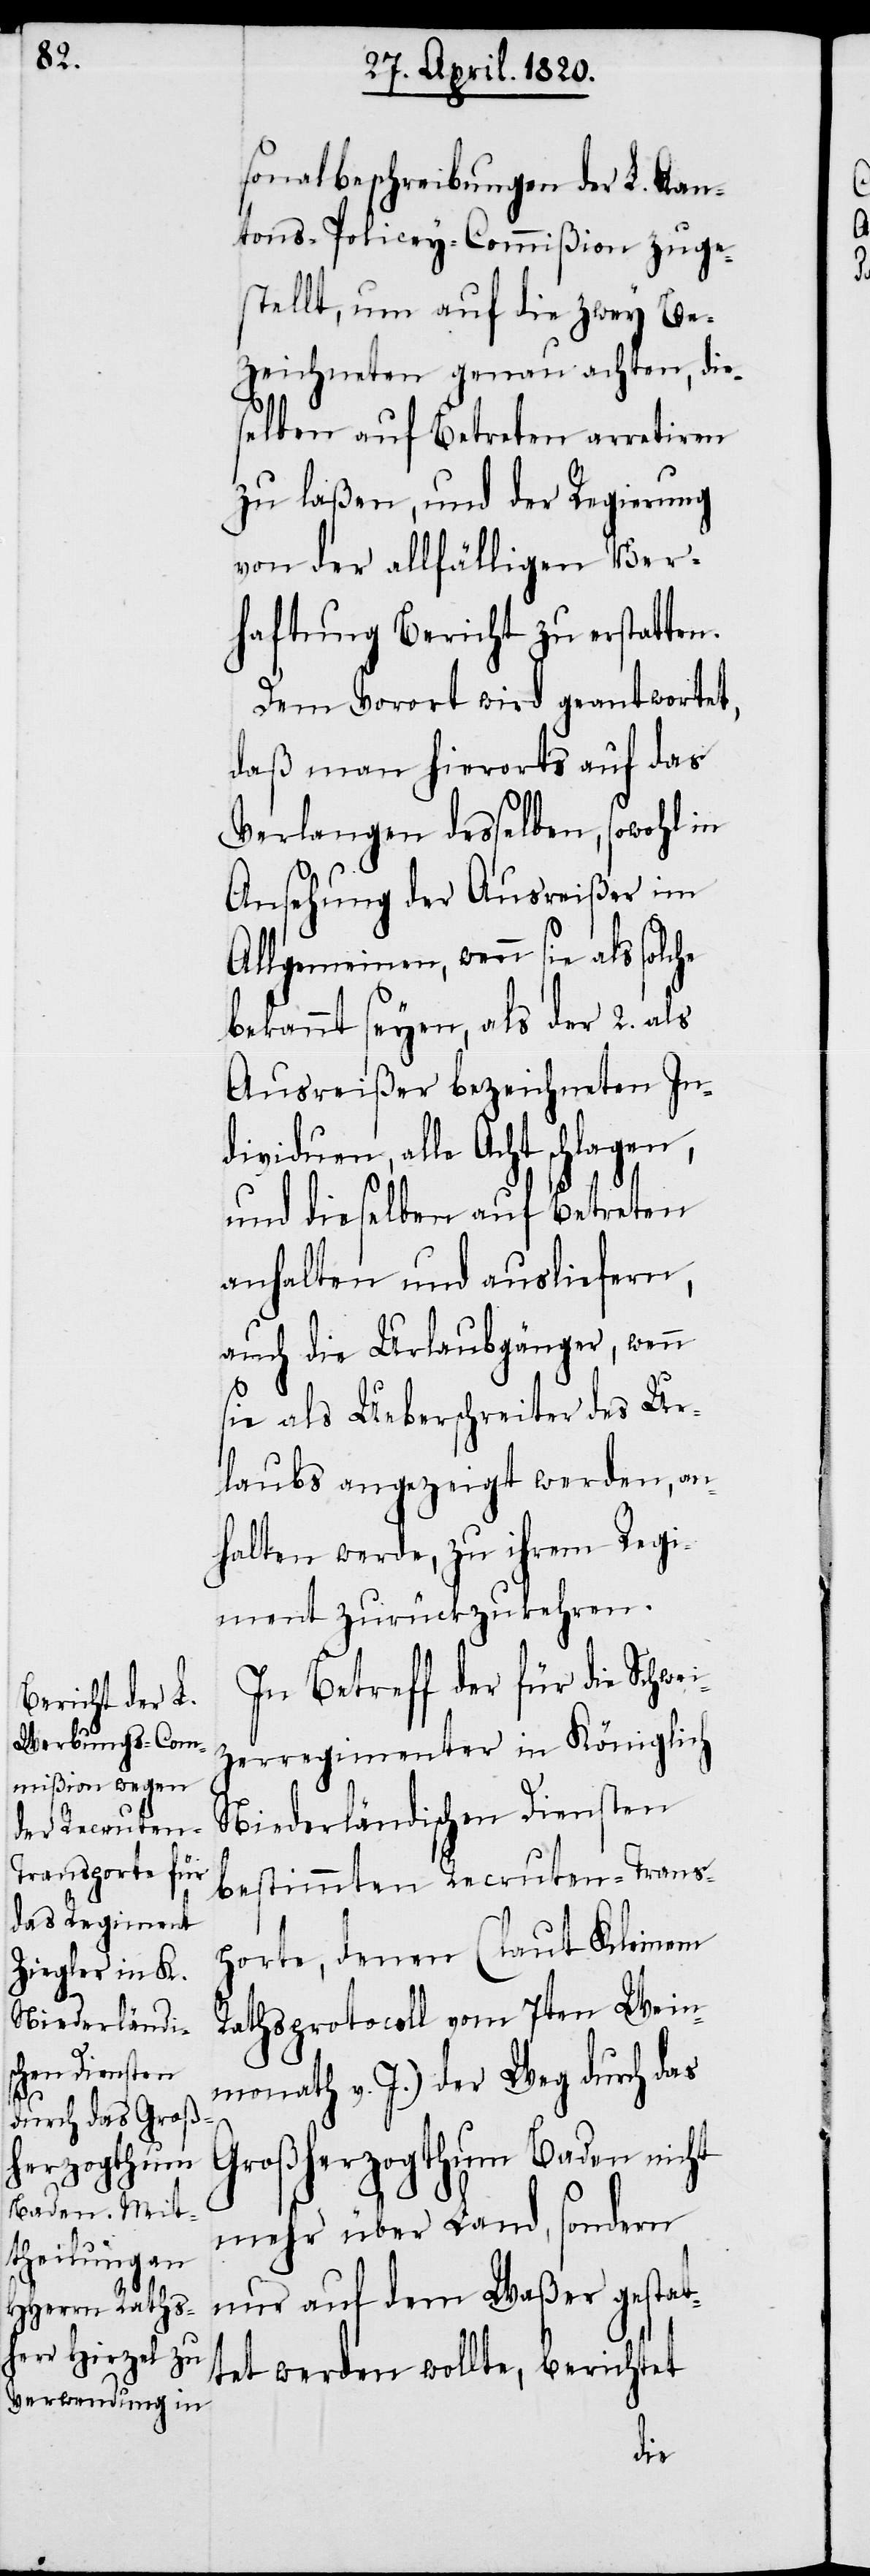
sonalbeschreibungen der L. Kan¬
tons-Policey-Commißion zuge¬
stellt, um auf die zwey Be¬
zeichneten genau achten, die¬
selben auf Betreten arretiren
zu laßen, und der Regierung
von der allfälligen Ver¬
haftung Bericht zu erstatten.
Dem Vorort wird geantwortet,
daß man hierorts auf das
Verlangen desselben, sowohl in
Ansehung der Ausreißer im
Allgemeinen, wenn sie als solc¬
bekannt seyen, als der 2. als
Ausreißer bezeichneten In¬
dividuen, alle Acht schlagen,
und dieselben auf Betreten
anhalten und ausliefern,
auch die Urlaubsgänger, wenn
sie als Ueberschreiter des Ur¬
laubs angezeigt werden, an¬
halten werde, zu ihrem Regi¬
ment zurückzukehren.
In Betreff der für die Schwe¬
zerregimenter in Königlich
Niederländischen Diensten
bestimmten Recruten-Trans¬
porte, denen (laut Kleinem
Rathsprotocoll vom 7ten Wein¬
monath v. J.) der Weg durch das
i¬
Großherzogthum Baden nicht
mehr über Land, sondern
nur auf dem Waßer gestat¬
tet werden wollte, berichtet